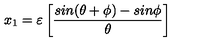
x _ { 1 } = { \varepsilon } \left[ \frac { s i n ( { \theta } + { \phi } ) - s i n { \phi } } { { \theta } } \right]